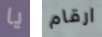
يا ارقام